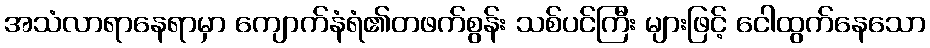
အသံလာရာနေရာမှာ ကျောက်နံရံ၏တဖက်စွန်း သစ်ပင်ကြီး များဖြင့် ငေါထွက်နေသော